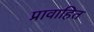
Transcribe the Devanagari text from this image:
प्रावाहित